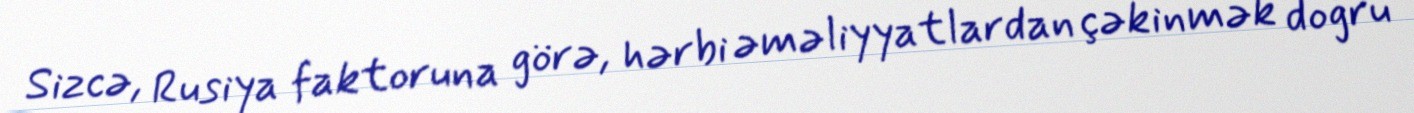
Sizcə, Rusiya faktoruna görə, hərbi əməliyyatlardan çəkinmək doğru